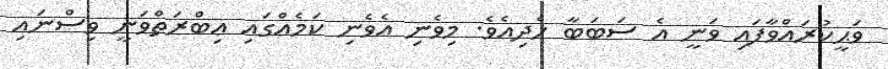
ވަޙީކުރައްވާފައި ވަނީ އެ ސަބަބާ ހެދިއެވެ. މިވެނި އެވެނި ކަމެއްގައި ޢިބްރަތްވަނީ ވިސްނައި